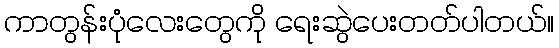
ကာတွန်းပုံလေးတွေကို ရေးဆွဲပေးတတ်ပါတယ်။